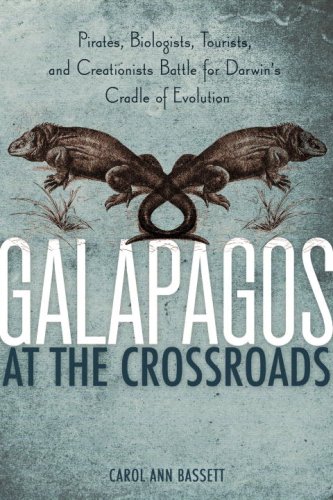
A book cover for Galapagos at the Crossroads: Pirates, Biologists, Tourists, and Creationists Battle for Darwin's Cradle of Evolution; Carol Ann Bassett; Travel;